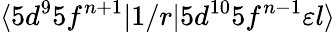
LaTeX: \langle 5d^{9}5f^{n+1}|1/r|5d^{10}5f^{n-1}\varepsilon{l}\rangle